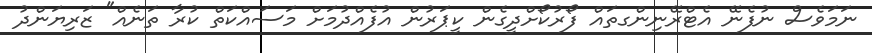
ނަމަވެސް ނުފެނޭ އެޓްރޭނިންގތައް ފޯރުކޯށްދީގެން ކީޕަރުން އުފެއްދުމަަށް މަސައްކަތް ކުރާ ތަނެއް" ޒަރިޔަންދު